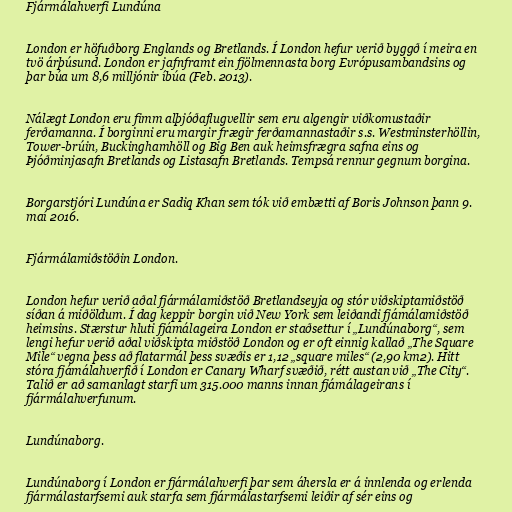
Fjármálahverfi Lundúna

London er höfuðborg Englands og Bretlands. Í London hefur verið byggð í meira en
tvö árþúsund. London er jafnframt ein fjölmennasta borg Evrópusambandsins og
þar búa um 8,6 milljónir íbúa (Feb. 2013).

Nálægt London eru fimm alþjóðaflugvellir sem eru algengir viðkomustaðir
ferðamanna. Í borginni eru margir frægir ferðamannastaðir s.s. Westminsterhöllin,
Tower-brúin, Buckinghamhöll og Big Ben auk heimsfrægra safna eins og
Þjóðminjasafn Bretlands og Listasafn Bretlands. Tempsá rennur gegnum borgina.

Borgarstjóri Lundúna er Sadiq Khan sem tók við embætti af Boris Johnson þann 9.
maí 2016.

Fjármálamiðstöðin London.

London hefur verið aðal fjármálamiðstöð Bretlandseyja og stór viðskiptamiðstöð
síðan á miðöldum. Í dag keppir borgin við New York sem leiðandi fjámálamiðstöð
heimsins. Stærstur hluti fjámálageira London er staðsettur í „Lundúnaborg“, sem
lengi hefur verið aðal viðskipta miðstöð London og er oft einnig kallað „The Square
Mile“ vegna þess að flatarmál þess svæðis er 1,12 „square miles“ (2,90 km2). Hitt
stóra fjámálahverfið í London er Canary Wharf svæðið, rétt austan við „The City“.
Talið er að samanlagt starfi um 315.000 manns innan fjámálageirans í
fjármálahverfunum.

Lundúnaborg.

Lundúnaborg í London er fjármálahverfi þar sem áhersla er á innlenda og erlenda
fjármálastarfsemi auk starfa sem fjármálastarfsemi leiðir af sér eins og